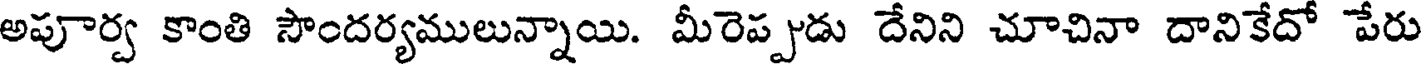
అపూర్వ కాంతి సౌందర్యములున్నాయి. మీరెప్పుడు దేనిని చూచినా దానికేదో పేరు